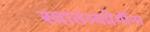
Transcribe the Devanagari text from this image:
स्वातंत्र्यप्रेमींना